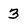
Character: 3